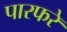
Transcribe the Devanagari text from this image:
पारफरे